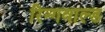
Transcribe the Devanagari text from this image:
रिन्गवाल्ड